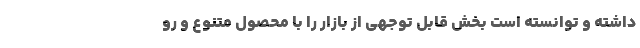
داشته و توانسته است بخش قابل توجهی از بازار را با محصول متنوع و رو